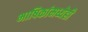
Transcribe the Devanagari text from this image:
भाषिकांमध्येही